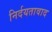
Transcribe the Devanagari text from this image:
निर्दयतावाद